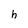
Character: h